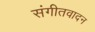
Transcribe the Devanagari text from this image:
संगीतवादन